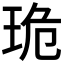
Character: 𤥕